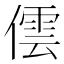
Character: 𠎉